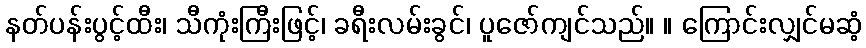
နတ်ပန်းပွင့်ထီး၊ သီကုံးကြီးဖြင့်၊ ခရီးလမ်းခွင်၊ ပူဇော်ကျင်သည်။ ။ ကြောင်းလျှင်မဆံ့